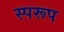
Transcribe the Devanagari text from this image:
स्परूप